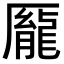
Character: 𫨢